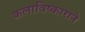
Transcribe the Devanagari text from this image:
कलाविष्काराने